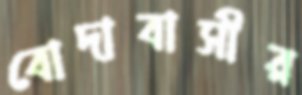
বোদাবাসীর